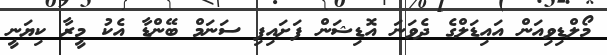
މޯލްޑިވިއަން އައިޑަލްގެ ދެވަނަ އޮޑިޝަން ފަށައިފި ސަނަމް ބޭންޑާ އެކު މީރާ ކިޔަނީ